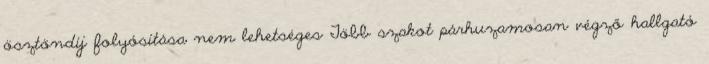
ösztöndíj folyósítása nem lehetséges Több szakot párhuzamosan végző hallgató